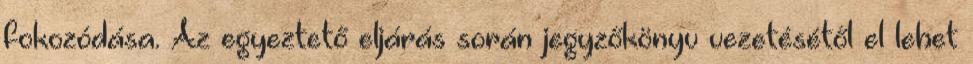
fokozódása. Az egyeztető eljárás során jegyzőkönyv vezetésétől el lehet